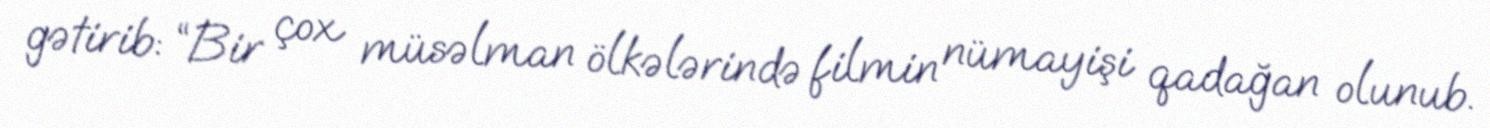
gətirib: “Bir çox müsəlman ölkələrində filmin nümayişi qadağan olunub.